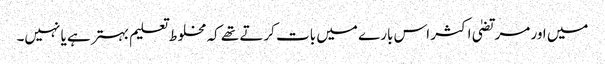
میں اور مرتضیٰ اکثر اس بارے میں بات کرتے تھے کہ مخلوط تعلیم بہتر ہے یا نہیں۔